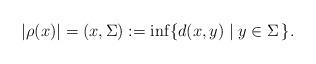
LaTeX: \begin{align*}|\rho(x)|= (x,\Sigma) := \inf\{ d(x,y) \mid y\in \Sigma \,\}.\end{align*}